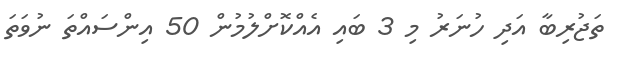
ތަޖުރިބާ އަދި ހުނަރު މި 3 ބައި އެއްކޮށްލުމުން 50 އިންސައްތަ ނުވަތަ